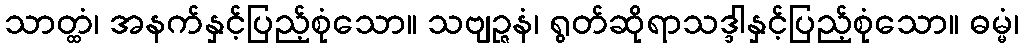
သာတ္ထံ၊ အနက်နှင့်ပြည့်စုံသော။ သဗျဉ္ဇနံ၊ ရွတ်ဆိုရာသဒ္ဒါနှင့်ပြည့်စုံသော။ ဓမ္မံ၊